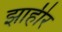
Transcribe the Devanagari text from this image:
झाहीर